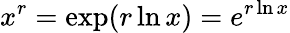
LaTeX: x^{r}=\exp(r\ln x)=e^{r\ln x}